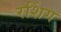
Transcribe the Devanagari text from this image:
रशिंग